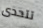
تتحدى